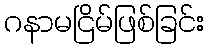
ဂနာမငြိမ်ဖြစ်ခြင်း